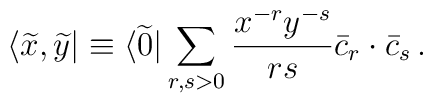
\langle\widetilde x,\widetilde y|\equiv\langle\widetilde 0|\sum_{r,s>0}{x^{-r}y^{-s}\over{rs}}\bar c_r\cdot\bar c_s\,.